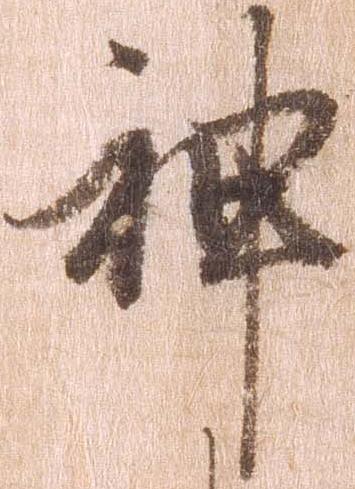
神